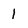
Character: 1